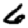
Digit: 6